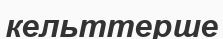
кельттерше